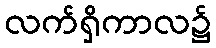
လက်ရှိကာလ၌